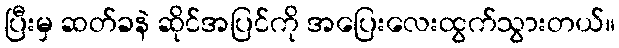
ပြီးမှ ဆတ်ခနဲ ဆိုင်အပြင်ကို အပြေးလေးထွက်သွားတယ်။